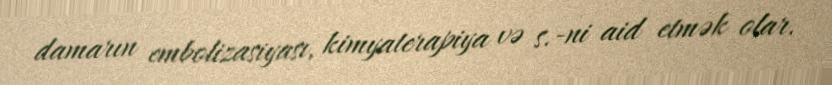
damarın embolizasiyası, kimyaterapiya və s.-ni aid etmək olar.